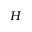
H